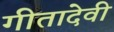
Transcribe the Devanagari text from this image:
गीतादेवी